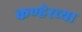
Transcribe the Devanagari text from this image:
कण्हेरच्या